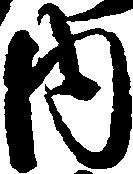
内